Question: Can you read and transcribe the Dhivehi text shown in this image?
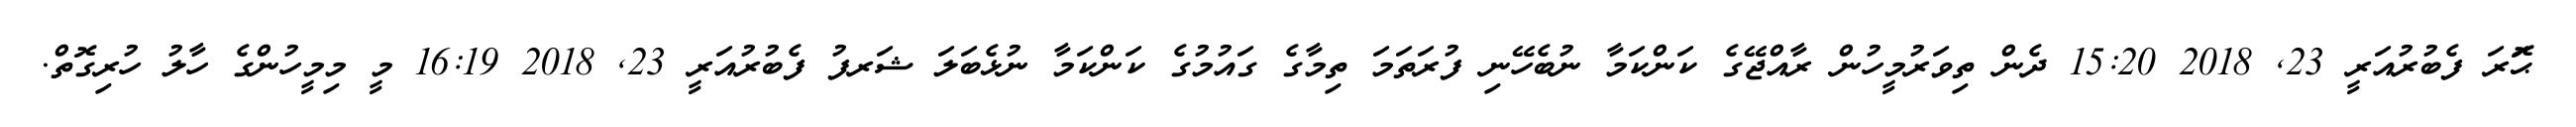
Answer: ޙަޮރަ ފެބުރުއަރީ 23, 2018 15:20 ދެން ތިވަރުމީހުން ރާއްޖޭގެ ކަންކަމާ ނުބެހޭނި ފުރަތަމަ ތިމާގެ ގައުމުގެ ކަންކަމާ ނުޅެބަލަ ޝަރފު ފެބުރުއަރީ 23, 2018 16:19 މީ މިމީހުންގެ ހާލު ހުރިގޮތް.